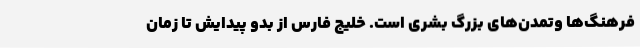
فرهنگ‌ها وتمدن‌های بزرگ بشری است. خليج فارس از بدو پیدایش تا زمان